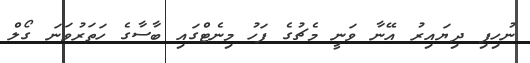
ނުހިފި ދިޔައިރު އޭނާ ވަނީ މެޗުގެ ފަހު މިނެޓްގައި ބާސާގެ ހަތަރުވަނަ ގޯލް